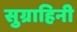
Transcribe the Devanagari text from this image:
सुग्राहिनी